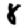
Digit: 8